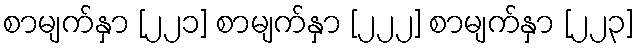
စာမျက်နှာ [၂၂၁] စာမျက်နှာ [၂၂၂] စာမျက်နှာ [၂၂၃]